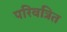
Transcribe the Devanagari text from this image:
परिवत्रित